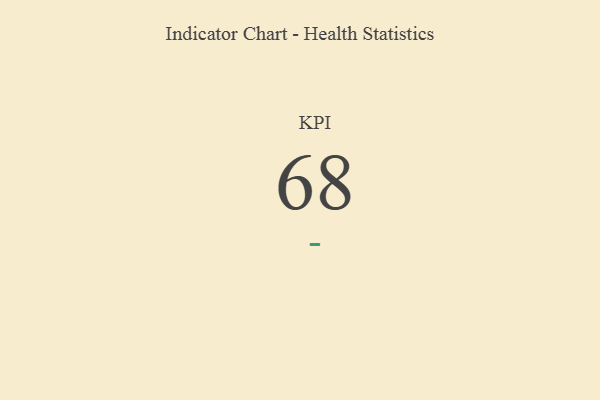
{"axis": {"x": "KPI", "y": "Value"}, "legend": [""], "data": [{"x": "KPI", "y": 68, "type": ""}]}